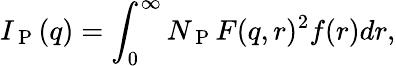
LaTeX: I_{\mathrm{~P~}}(q)=\int_{0}^{\infty}N_{\mathrm{~P~}}F(q,r)^{2}f(r)dr,